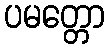
ပမတ္တော